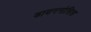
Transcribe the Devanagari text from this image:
डायगनोसिस